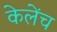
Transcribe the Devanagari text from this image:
केलेंच